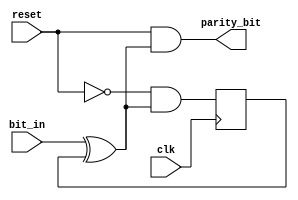

module even_parity (output parity_bit, input bit_in, reset, clk);
	wire d;
	reg state;
	
	assign parity_bit = reset & (bit_in ^ state);
	assign d = ~reset & (bit_in ^ state);
	
	always @(posedge clk) begin
		state <= d;
	end
endmodule